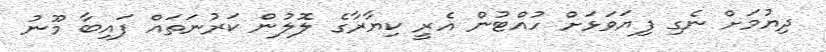
ދިޔުމަށް ނެގި ފިޔަވަޅަށް ހުއްޓުން އެރީ ކިޔާރާގެ ލޮލުން ކަރުނަތައް ފައިބާ މޫނު